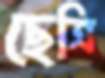
ছেত্রি